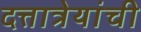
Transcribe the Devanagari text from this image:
दत्तात्रेयांची